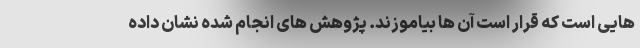
هایی است که قرار است آن ها بیاموزند. پژوهش های انجام شده نشان داده